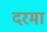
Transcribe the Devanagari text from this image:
दरमा